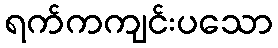
ရက်ကကျင်းပသော